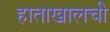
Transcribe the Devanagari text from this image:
हाताखालची